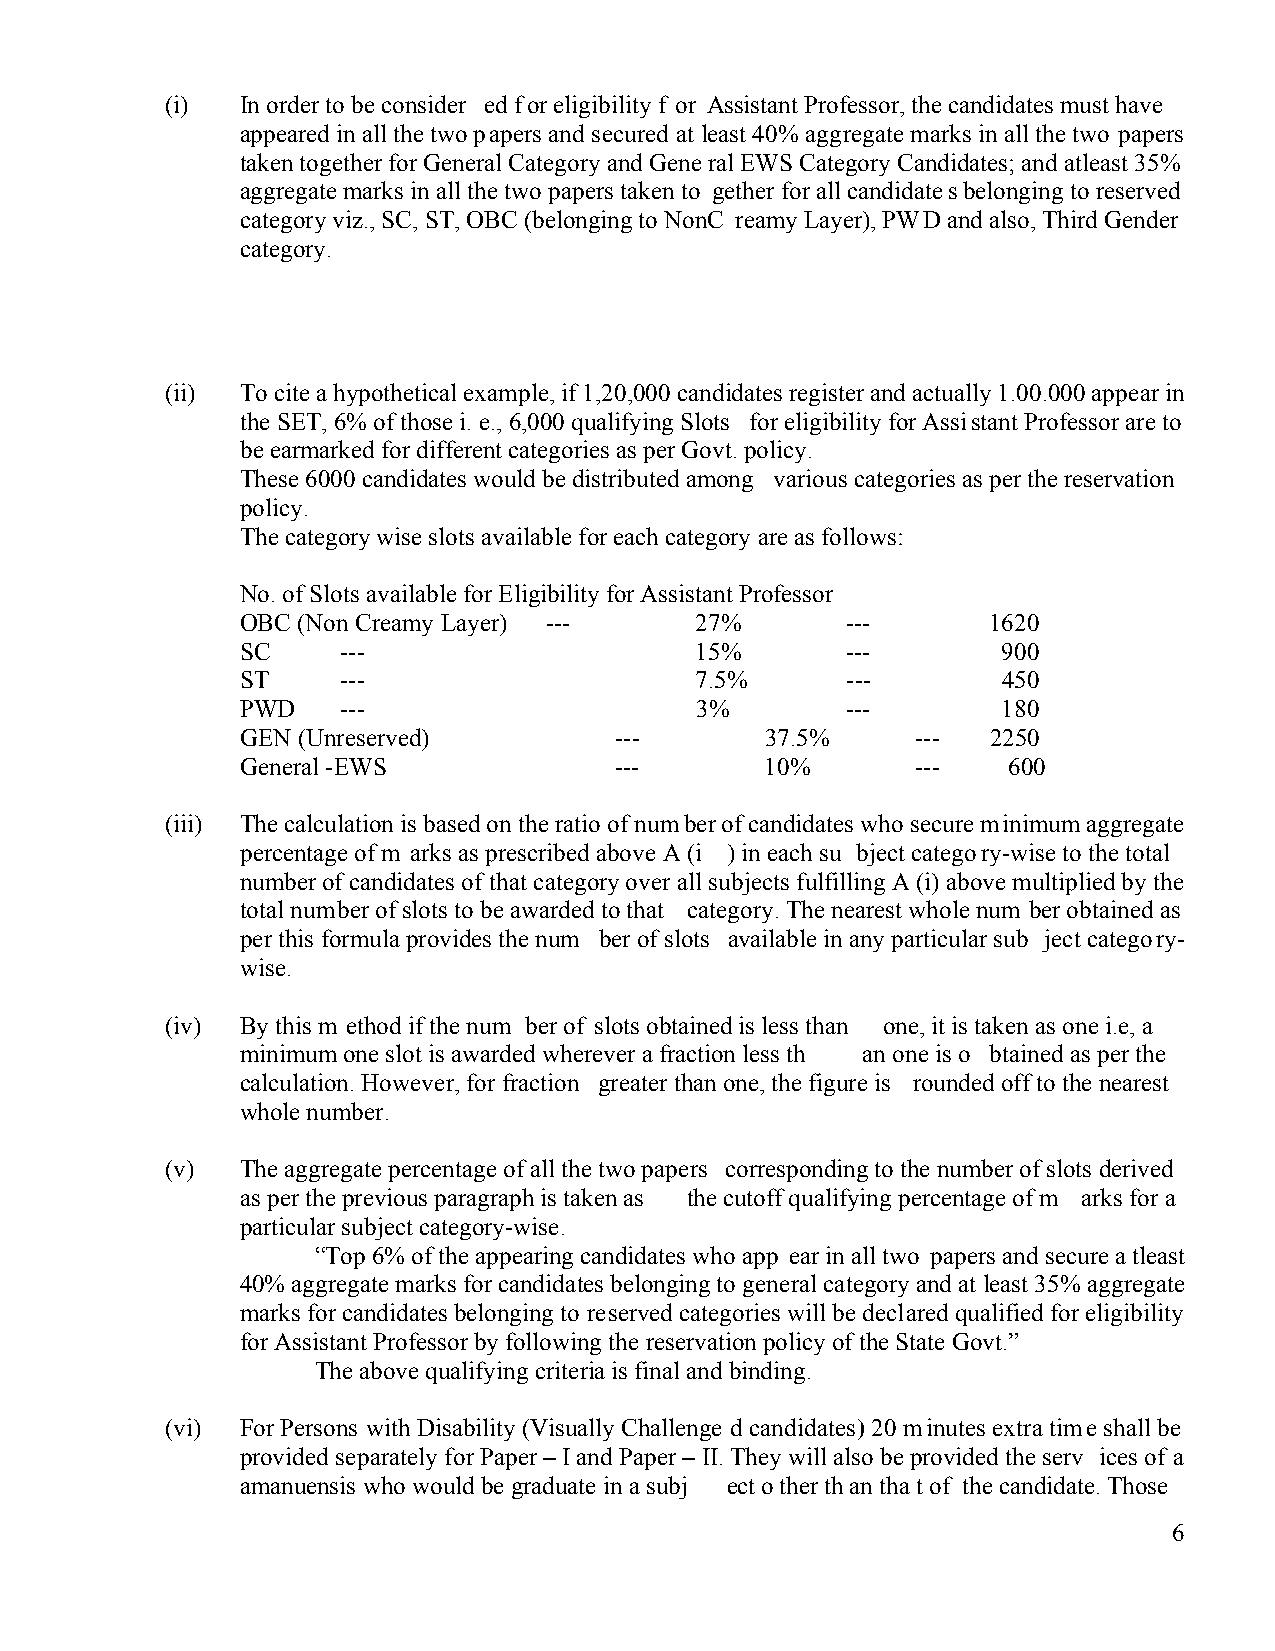
(i)  In order to be consider ed for eligibility f or Assistant Professor, the candidates must have
 appeared in all the two papers and secured at least 40% aggregate marks in all the two papers
 taken together for General Category and General EWS Category Candidates; and atleast 35%
 aggregate marks in all the two papers taken to gether for all candidates belonging to reserved
 category viz., SC, ST, OBC (belonging to NonC reamy Layer), PWD and also, Third Gender
 category.
 (ii) To cite a hypothetical example, if 1,20,000 candidates register and actually 1.00.000 appear in
 the SET, 6% of those i. e., 6,000 qualifying Slots for eligibility for Assistant Professor are to
 be earmarked for different categories as per Govt. policy.
 These 6000 candidates would be distributed among various categories as per the reservation
 policy.
 The category wise slots available for each category are as follows:
 No. of Slots available for Eligibility for Assistant Professor
 OBC (Non Creamy Layer) ---    27%       ---       1620
 SC     ---                    15%       ---       900
 ST     ---                    7.5%      ---       450
 PWD    ---                    3%        ---       180
 GEN (Unreserved)         ---       37.5%     ---  2250
 General -EWS             ---       10%       ---   600
 (iii) The calculation is based on the ratio of number of candidates who secure minimum aggregate
 percentage of m arks as prescribed above A (i ) in each su bject category-wise to the total
 number of candidates of that category over all subjects fulfilling A (i) above multiplied by the
 total number of slots to be awarded to that category. The nearest whole num ber obtained as
 per this formula provides the num ber of slots available in any particular sub ject category-
 wise.
 (iv) By this m ethod if the num ber of slots obtained is less than one, it is taken as one i.e, a
 minimum one slot is awarded wherever a fraction less th an one is o btained as per the
 calculation. However, for fraction greater than one, the figure is rounded off to the nearest
 whole number.
 (v)  The aggregate percentage of all the two papers corresponding to the number of slots derived
 as per the previous paragraph is taken as the cutoff qualifying percentage of m arks for a
 particular subject category-wise.
 “Top 6% of the appearing candidates who app ear in all two papers and secure atleast
 40% aggregate marks for candidates belonging to general category and at least 35% aggregate
 marks for candidates belonging to reserved categories will be declared qualified for eligibility
 for Assistant Professor by following the reservation policy of the State Govt.”
 The above qualifying criteria is final and binding.
 (vi) For Persons with Disability (Visually Challenge d candidates) 20 minutes extra time shall be
 provided separately for Paper – I and Paper – II. They will also be provided the serv ices of a
 amanuensis who would be graduate in a subj ect other than that of the candidate. Those
 6